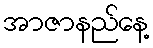
အာဇာနည်နေ့